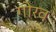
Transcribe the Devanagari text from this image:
गोरव